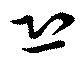
恐